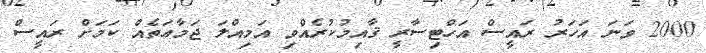
2000 ވަނަ އަހަރު ރައީސް އަހްޓިސާރީ ޤާއިމުކުރެއްވި އަމިއްލަ ޖަމާޢަތެއް ކަމަށް ރައީސް